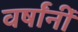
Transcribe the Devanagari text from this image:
वर्षांनीं